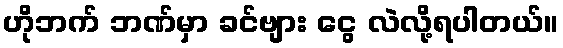
ဟိုဘက် ဘဏ်မှာ ခင်ဗျား ငွေ လဲလို့ရပါတယ်။